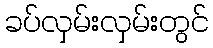
ခပ်လှမ်းလှမ်းတွင်